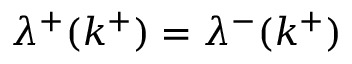
\lambda ^ { + } ( k ^ { + } ) = \lambda ^ { - } ( k ^ { + } )